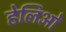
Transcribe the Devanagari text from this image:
हेलिओ